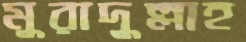
মুরাদুল্লাহ